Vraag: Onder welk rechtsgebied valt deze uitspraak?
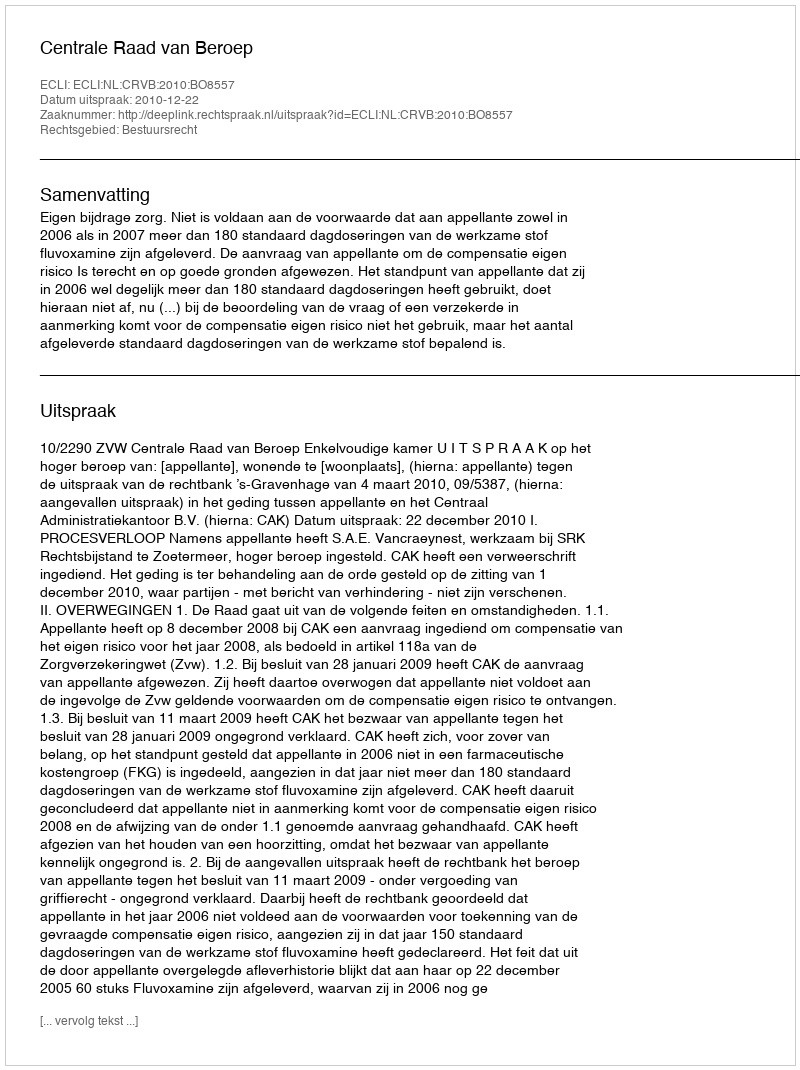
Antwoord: Bestuursrecht